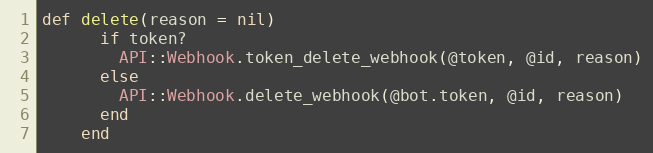
Language: Ruby
def delete(reason = nil)
      if token?
        API::Webhook.token_delete_webhook(@token, @id, reason)
      else
        API::Webhook.delete_webhook(@bot.token, @id, reason)
      end
    end